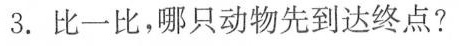
3.比一比，哪只动物先到达终点?